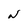
Character: N